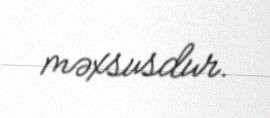
məxsusdur.